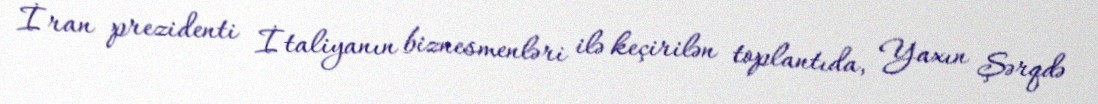
İran prezidenti İtaliyanın biznesmenləri ilə keçirilən toplantıda, Yaxın Şərqdə